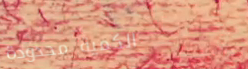
الكمية محدودة